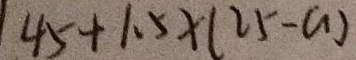
4 5 + 1 . 5 \times ( 2 5 - a )